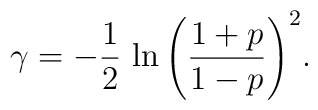
\gamma=-\frac{1}{2}\,\ln{\left(\frac{1+p}{1-p}\right)^2}.